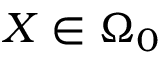
\boldsymbol { X } \in \Omega _ { 0 }